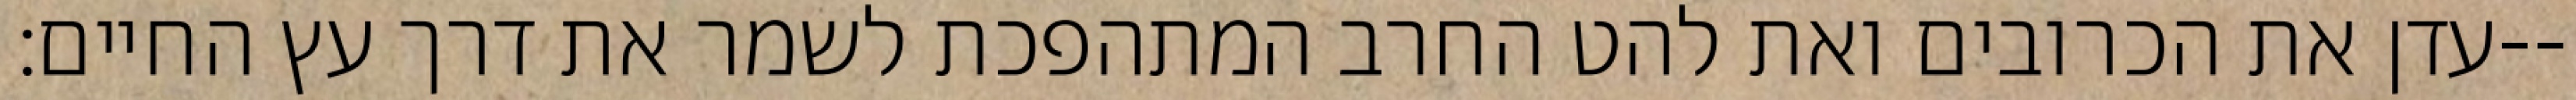
עדן את הכרובים ואת להט החרב המתהפכת לשמר את דרך עץ החיים׃--